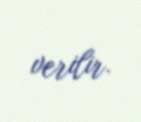
verilir.